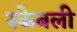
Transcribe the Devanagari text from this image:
स्केबली